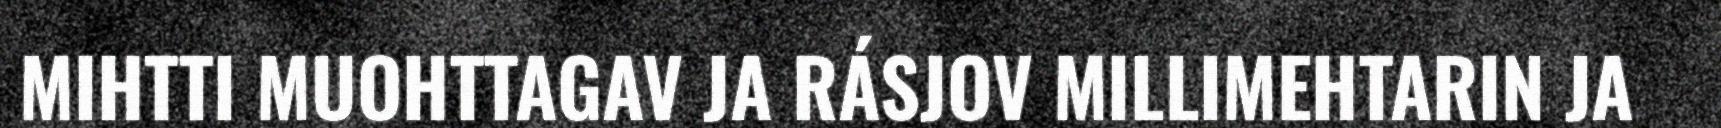
MIHTTI MUOHTTAGAV JA RÁSJOV MILLIMEHTARIN JA